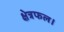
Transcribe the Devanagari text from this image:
क्षेत्रफल।